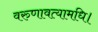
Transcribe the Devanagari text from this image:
वरुणावत्यामधि।